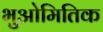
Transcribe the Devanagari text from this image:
भुओमितिक